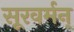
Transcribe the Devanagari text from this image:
सूरवर्मन्